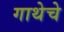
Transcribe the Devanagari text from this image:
गाथेचे